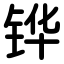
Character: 铧